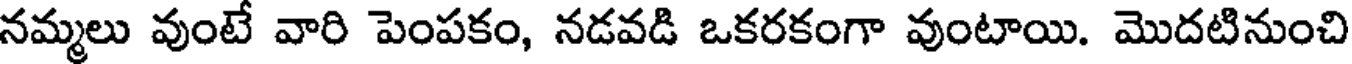
నమ్మలు వుంటే వారి పెంపకం, నడవడి ఒకరకంగా వుంటాయి. మొదటినుంచి